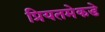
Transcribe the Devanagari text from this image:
प्रियतमेकडे